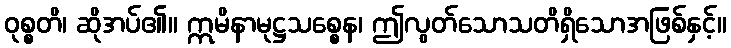
ဝုစ္စတိ၊ ဆိုအပ်၏။ ဣမိနာမုဋ္ဌသစ္စေန၊ ဤလွတ်သောသတိရှိသောအဖြစ်နှင့်။